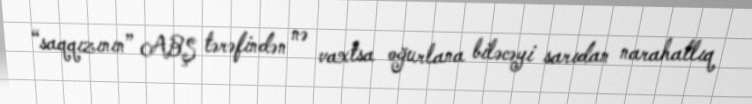
“saqqızının” ABŞ tərəfindən nə vaxtsa oğurlana biləcəyi sarıdan narahatlıq